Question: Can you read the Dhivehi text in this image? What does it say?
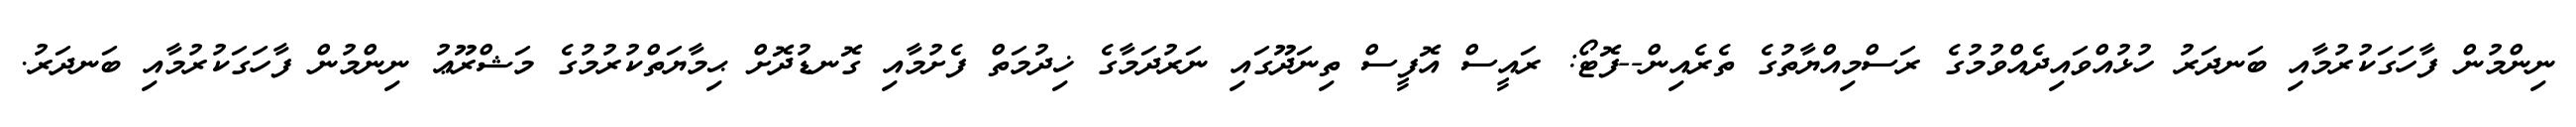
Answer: ނިންމުން ފާހަގަކުރުމާއި ބަނދަރު ހުޅުއްވައިދެއްވުމުގެ ރަސްމިއްޔާތުގެ ތެރެއިން--ފޮޓޯ: ރައީސް އޮފީސް ތިނަދޫގައި ނަރުދަމާގެ ޚިދުމަތް ފެށުމާއި ގޮނޑުދޮށް ޙިމާޔަތްކުރުމުގެ މަޝްރޫޢު ނިންމުން ފާހަގަކުރުމާއި ބަނދަރު.